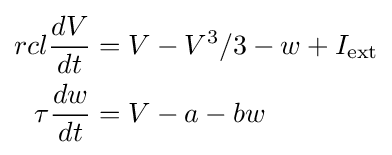
{\begin{aligned}{rcl}{\dfrac {dV}{dt}}&=V-V^{3}/3-w+I_{\mathrm {ext} }\\\tau {\dfrac {dw}{dt}}&=V-a-bw\end{aligned}}